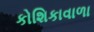
કોશિકાવાળા